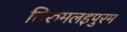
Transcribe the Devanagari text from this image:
तिरुमलइपुरम